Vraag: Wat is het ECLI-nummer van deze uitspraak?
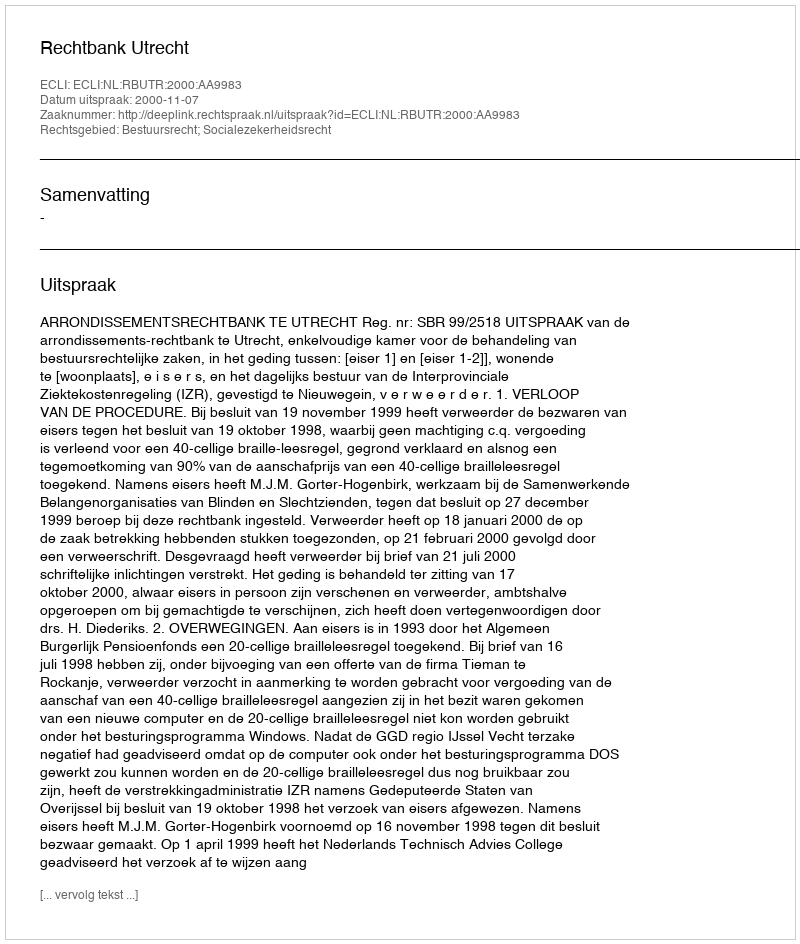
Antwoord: ECLI:NL:RBUTR:2000:AA9983